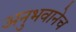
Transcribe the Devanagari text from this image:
अनुभवानेच